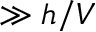
\gg h / V